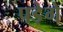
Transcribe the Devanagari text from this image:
पडे़गे